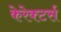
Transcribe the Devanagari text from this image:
केरेक्टर्स